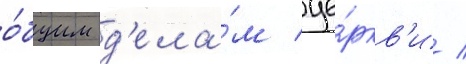
о́бщим д'ела́м це́ркв'и /